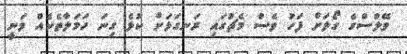
ވޭލްސްގެ ގޯލަށް ފަހު ވެސް މެޗުގައި ރަނގަޅަށް ކުޅެ ގިނަ ހަމަލާތެކެއް ވަނީ